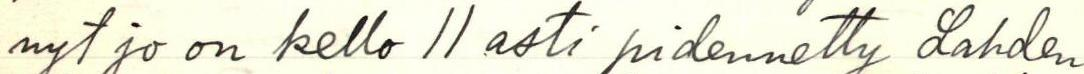
nyt jo on kello 11 asti pidennetty Lahden